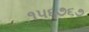
૧૫૬૭૬૭